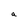
Character: a